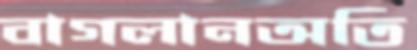
বাগলানঅতি